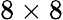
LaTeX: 8\times 8